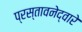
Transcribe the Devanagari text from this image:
प्रस्तावनेद्वारे